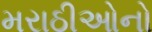
મરાઠીઓનો